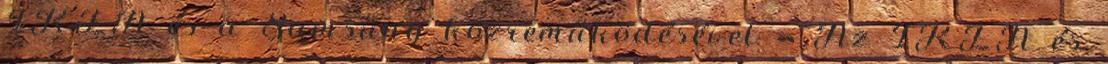
IKEA és a Samsung közreműködésével » Az IKEA és